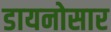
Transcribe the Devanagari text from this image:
डायनोसार